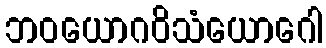
ဘဝယောဂဝိသံယောဂေါ